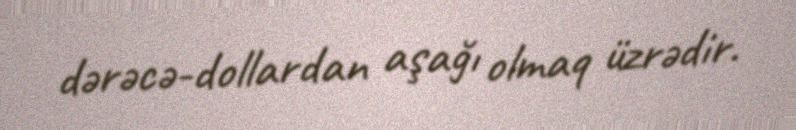
dərəcə-dollardan aşağı olmaq üzrədir.